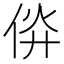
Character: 㑞